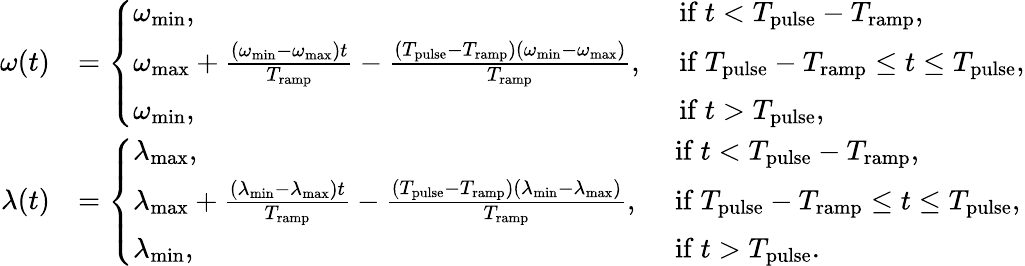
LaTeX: \begin{array}{rl}{\omega(t)}&{=\left\{ \begin{array}{ll}{\omega_{\mathrm{min}},\ }&{\mathrm{if}\ t<T_{\mathrm{pulse}}-T_{\mathrm{ramp}},}\\ {\omega_{\mathrm{max}}+\frac{(\omega_{\mathrm{min}}-\omega_{\mathrm{max}})t}{T_{\mathrm{ramp}}}-\frac{(T_{\mathrm{pulse}}-T_{\mathrm{ramp}})(\omega_{\mathrm{min}}-\omega_{\mathrm{max}})}{T_{\mathrm{ramp}}},\ }&{\mathrm{if}\ T_{\mathrm{pulse}}-T_{\mathrm{ramp}}\leq t\leq T_{\mathrm{pulse}},}\\ {\omega_{\mathrm{min}},\ }&{\mathrm{if}\ t>T_{\mathrm{pulse}},}\end{array}\right.}\\ {\lambda(t)}&{=\left\{ \begin{array}{ll}{\lambda_{\mathrm{max}},\ }&{\mathrm{if}\ t<T_{\mathrm{pulse}}-T_{\mathrm{ramp}},}\\ {\lambda_{\mathrm{max}}+\frac{(\lambda_{\mathrm{min}}-\lambda_{\mathrm{max}})t}{T_{\mathrm{ramp}}}-\frac{(T_{\mathrm{pulse}}-T_{\mathrm{ramp}})(\lambda_{\mathrm{min}}-\lambda_{\mathrm{max}})}{T_{\mathrm{ramp}}},\ }&{\mathrm{if}\ T_{\mathrm{pulse}}-T_{\mathrm{ramp}}\leq t\leq T_{\mathrm{pulse}},}\\ {\lambda_{\mathrm{min}},\ }&{\mathrm{if}\ t>T_{\mathrm{pulse}}.}\end{array}\right.}\end{array}